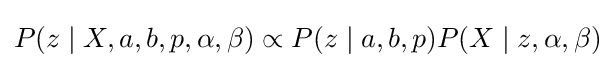
P(z\mid X,a,b,p,\alpha ,\beta )\propto P(z\mid a,b,p)P(X\mid z,\alpha ,\beta )